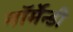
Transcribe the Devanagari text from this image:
नॉर्मेन्डी